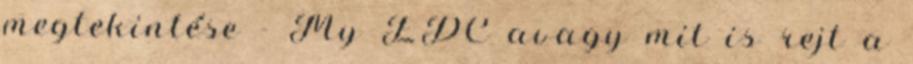
megtekintése - My EDC avagy mit is rejt a